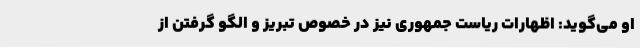
او می‌گوید: اظهارات ریاست جمهوری نیز در خصوص تبریز و الگو گرفتن از